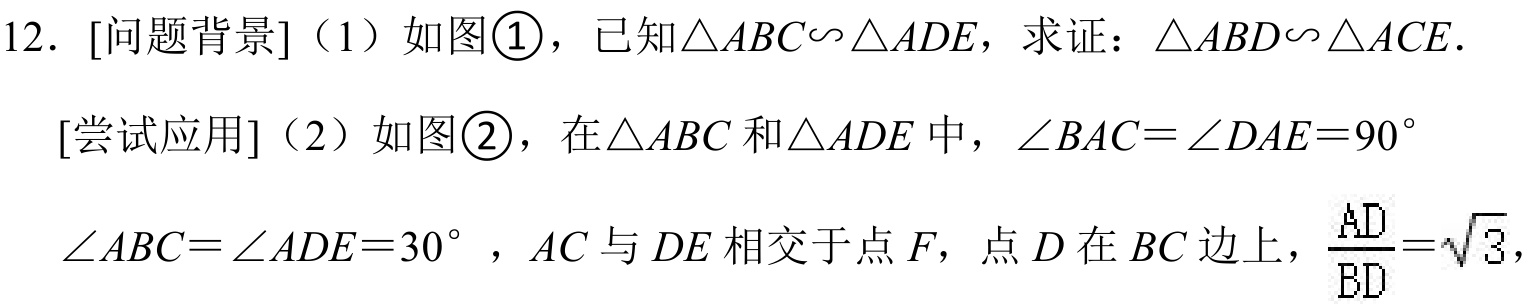
12. [问题背景]（1）如图\textcircled{1}，已知\(\triangle ABC\backsim\triangle ADE\)，求证：\(\triangle ABD\backsim\triangle ACE\).
[尝试应用]（2）如图\textcircled{2}，在\(\triangle ABC\)和\(\triangle ADE\)中，\(\angle BAC = \angle DAE = 90^{\circ}\)
\(\angle ABC=\angle ADE = 30^{\circ}\) ，\(AC\)与 \(DE\) 相交于点 \(F\)，点 \(D\) 在 \(BC\) 边上，\(\frac{AD}{BD}=\sqrt{3}\)，